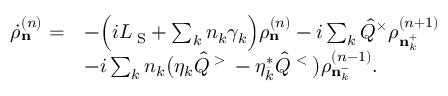
\begin{array} { r l } { \dot { \rho } _ { \bf n } ^ { ( n ) } = } & { - \Big ( i { \cal L } _ { \mathrm { \tiny ~ S } } + \sum _ { k } n _ { k } \gamma _ { k } \Big ) \rho _ { \bf n } ^ { ( n ) } - i \sum _ { k } \hat { Q } ^ { \times } \rho _ { { \bf n } _ { k } ^ { + } } ^ { ( n + 1 ) } } \\ & { - i \sum _ { k } n _ { k } \big ( \eta _ { k } \hat { Q } ^ { \mathrm { \tiny ~ > ~ } } - \eta _ { \bar { k } } ^ { \ast } \hat { Q } ^ { \mathrm { \tiny ~ < ~ } } \big ) \rho _ { { \bf n } _ { k } ^ { - } } ^ { ( n - 1 ) } . } \end{array}